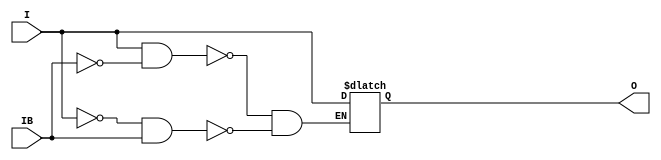
// $Header: /devl/xcs/repo/env/Databases/CAEInterfaces/verunilibs/data/unisims/IBUFDS_LVDSEXT_25_DCI.v,v 1.6 2007/05/23 21:43:33 patrickp Exp $
///////////////////////////////////////////////////////////////////////////////
// Copyright (c) 1995/2004 Xilinx, Inc.
// All Right Reserved.
///////////////////////////////////////////////////////////////////////////////
//   ____  ____
//  /   /\/   /
// /___/  \  /    Vendor : Xilinx
// \   \   \/     Version : 10.1
//  \   \         Description : Xilinx Functional Simulation Library Component
//  /   /                  Differential Signaling Input Buffer with LVDSEXT_25_DCI I/O Standard
// /___/   /\     Filename : IBUFDS_LVDSEXT_25_DCI.v
// \   \  /  \    Timestamp : Thu Mar 25 16:42:23 PST 2004
//  \___\/\___\
//
// Revision:
//    03/23/04 - Initial version.
//    05/23/07 - Changed timescale to 1 ps / 1 ps.

`timescale  1 ps / 1 ps


module IBUFDS_LVDSEXT_25_DCI (O, I, IB);

    output O;

    input  I, IB;

    reg o_out;

    buf b_0 (O, o_out);

    always @(I or IB) begin
	if (I == 1'b1 && IB == 1'b0)
	    o_out <= I;
	else if (I == 1'b0 && IB == 1'b1)
	    o_out <= I;
    end


endmodule